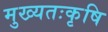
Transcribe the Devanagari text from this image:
मुख्यतःकृषि